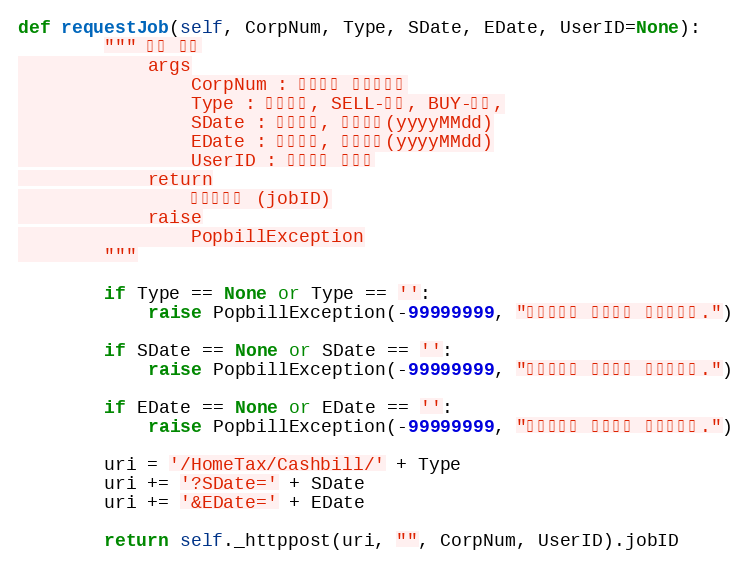
Language: Python
def requestJob(self, CorpNum, Type, SDate, EDate, UserID=None):
        """ 수집 요청
            args
                CorpNum : 팝빌회원 사업자번호
                Type : 문서형태, SELL-매출, BUY-매입,
                SDate : 시작일자, 표시형식(yyyyMMdd)
                EDate : 종료일자, 표시형식(yyyyMMdd)
                UserID : 팝빌회원 아이디
            return
                작업아이디 (jobID)
            raise
                PopbillException
        """

        if Type == None or Type == '':
            raise PopbillException(-99999999, "문서형태이 입력되지 않았습니다.")

        if SDate == None or SDate == '':
            raise PopbillException(-99999999, "시작일자가 입력되지 않았습니다.")

        if EDate == None or EDate == '':
            raise PopbillException(-99999999, "종료일자가 입력되지 않았습니다.")

        uri = '/HomeTax/Cashbill/' + Type
        uri += '?SDate=' + SDate
        uri += '&EDate=' + EDate

        return self._httppost(uri, "", CorpNum, UserID).jobID